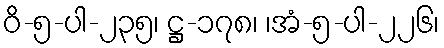
ဝိ-၅-ပါ-၂၃၅၊ ဋ္ဌ-၁၇၈၊ ၊အံ-၅-ပါ-၂၂၆၊